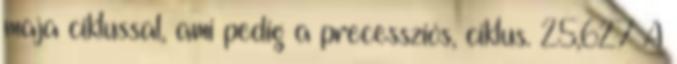
maja ciklussal, ami pedig a precessziós, ciklus. 25,627 A